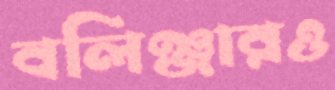
বলিঞ্জারও